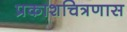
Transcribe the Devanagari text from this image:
प्रकाशचित्रणास